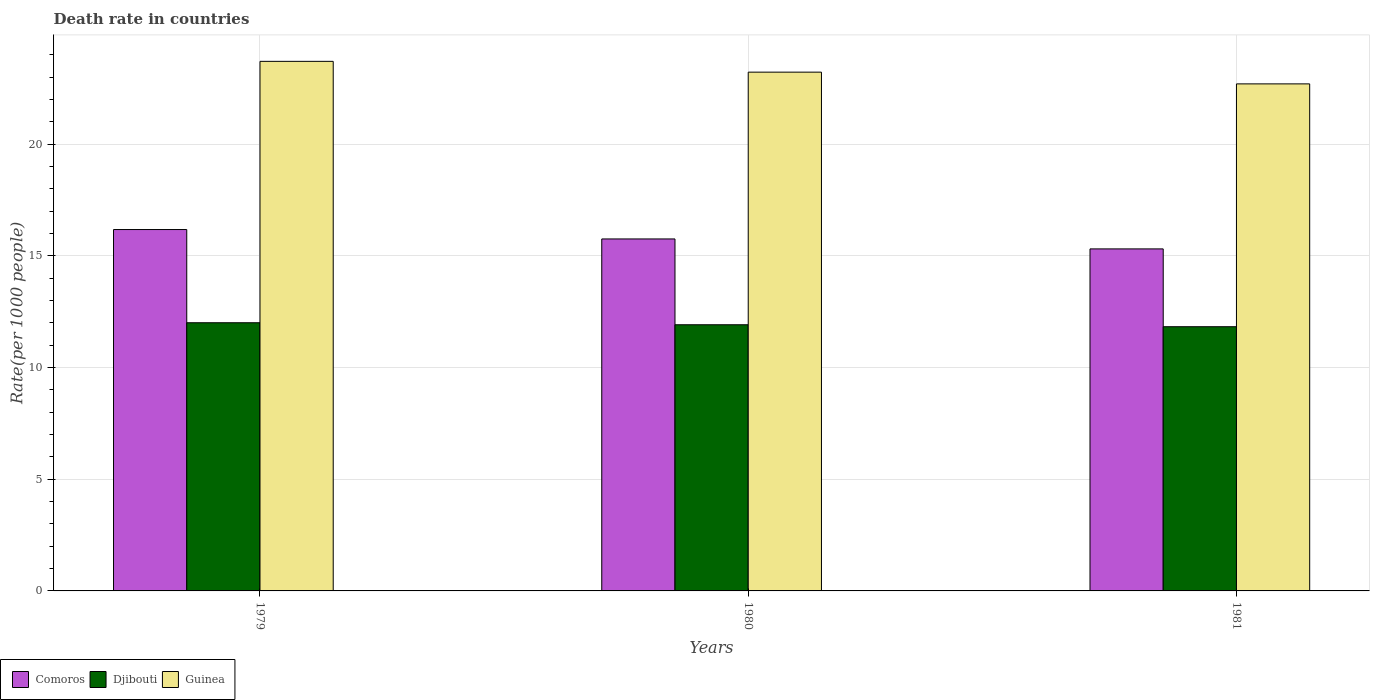
| Years | Comoros | Djibouti | Guinea |
 | --- | --- | --- | --- |
 | 1979 | 16.2 | 12 | 23.7 |
 | 1980 | 15.8 | 11.9 | 23.2 |
 | 1981 | 15.3 | 11.8 | 22.7 |